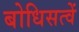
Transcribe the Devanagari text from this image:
बोधिसत्वें